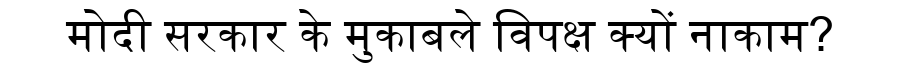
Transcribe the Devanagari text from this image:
मोदी सरकार के मुकाबले विपक्ष क्यों नाकाम?